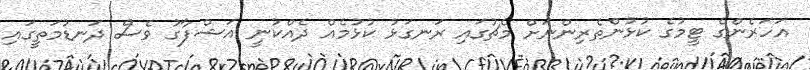
އަހަރެންގެ ޓީމުގެ ކުޅުންތެރިންނަށް މެޗުގައި ރަނގަޅު ކުޅުމެއް ދެއްކުނީ އަޝްފާގު ވެސް ދަނޑުމަތީގައި